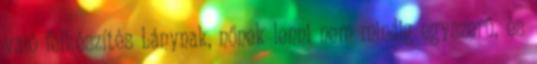
való felkészítés Lánynak, nőnek lenni nem mindig egyszerű, és